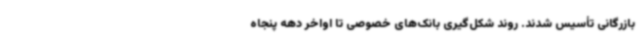
بازرگانی تأسیس شدند. روند شکل‌گیری بانک‌های خصوصی تا اواخر دهه پنجاه